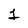
Character: 1